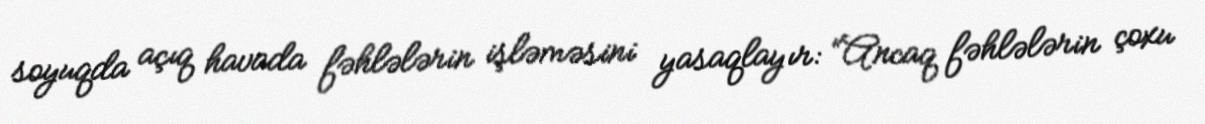
soyuqda açıq havada fəhlələrin işləməsini yasaqlayır: “Ancaq fəhlələrin çoxu